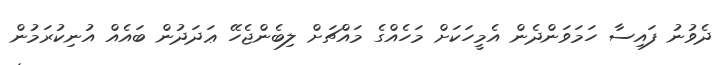
ދެވުނު ފައިސާ ހަމަވަންދެން އެމީހަކަށް މަހެއްގެ މައްޗަށް ލިބެންޖެހޭ ޢަދަދުން ބައެއް އުނިކުރަމުން